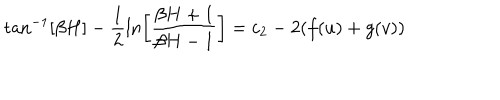
\tan ^ { - 1 } [ \beta H ] - \frac { 1 } { 2 } \ln \left[ \frac { \beta H + 1 } { \beta H - 1 } \right] = c _ { 2 } - 2 ( f ( u ) + g ( v ) )